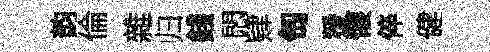
韵倫雜归錢悶肄匋猨懐倅健